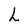
Character: L